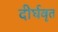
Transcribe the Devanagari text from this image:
दीर्घवृत